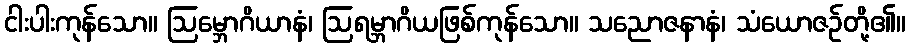
ငါးပါးကုန်သော။ ဩမ္ဘောဂိယာနံ၊ ဩရမ္ဘာဂိယဖြစ်ကုန်သော။ သညောဇနာနံ၊ သံယောဇဉ်တို့၏။